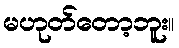
မဟုတ်တော့ဘူး။